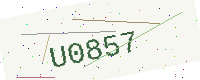
Text: U0857